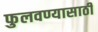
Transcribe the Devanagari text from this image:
फुलवण्यासाठी